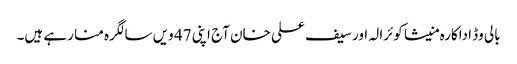
بالی وڈ اداکارہ منیشا کوئرالہ اور سیف علی خان آج اپنی 47 ویں سالگرہ منا رہے ہیں۔